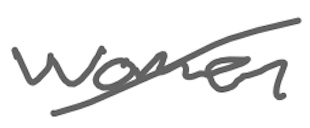
Text: women
Cross-out: diagonal
Writing tool: digital_gray